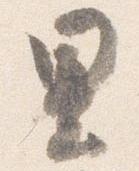
里